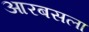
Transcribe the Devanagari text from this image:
आरबसला